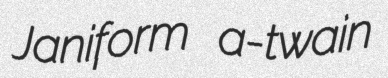
Janiform a-twain